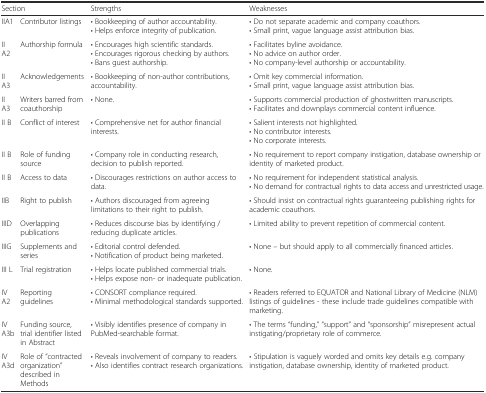
<table><thead><tr><td colspan="2"><b>Section</b></td><td><b>Strengths</b></td><td><b>Weaknesses</b></td></tr></thead><tbody><tr><td>IIA1</td><td>Contributor listings</td><td>• Bookkeeping of author accountability.• Helps enforce integrity of publication.</td><td>• Do not separate academic and company coauthors.• Small print, vague language assist attribution bias.</td></tr><tr><td>II A2</td><td>Authorship formula</td><td>• Encourages high scientific standards.• Encourages rigorous checking by authors.• Bans guest authorship.</td><td>• Facilitates byline avoidance.• No advice on author order.• No company-level authorship or accountability.</td></tr><tr><td>II A3</td><td>Acknowledgements</td><td>• Bookkeeping of non-author contributions, accountability.</td><td>• Omit key commercial information.• Small print, vague language assist attribution bias.</td></tr><tr><td>II A3</td><td>Writers barred from coauthorship</td><td>• None.</td><td>• Supports commercial production of ghostwritten manuscripts.• Facilitates and downplays commercial content influence.</td></tr><tr><td>II B</td><td>Conflict of interest</td><td>• Comprehensive net for author financial interests.</td><td>• Salient interests not highlighted.• No contributor interests.• No corporate interests.</td></tr><tr><td>II B</td><td>Role of funding source</td><td>• Company role in conducting research, decision to publish reported.</td><td>• No requirement to report company instigation, database ownership or identity of marketed product.</td></tr><tr><td>II B</td><td>Access to data</td><td>• Discourages restrictions on author access to data.</td><td>• No requirement for independent statistical analysis.• No demand for contractual rights to data access and unrestricted usage.</td></tr><tr><td>IIB</td><td>Right to publish</td><td>• Authors discouraged from agreeing limitations to their right to publish.</td><td>• Should insist on contractual rights guaranteeing publishing rights for academic coauthors.</td></tr><tr><td>IIID</td><td>Overlapping publications</td><td>• Reduces discourse bias by identifying / reducing duplicate articles.</td><td>• Limited ability to prevent repetition of commercial content.</td></tr><tr><td>IIIG</td><td>Supplements and series</td><td>• Editorial control defended.• Notification of product being marketed.</td><td>• None – but should apply to all commercially financed articles.</td></tr><tr><td>III L</td><td>Trial registration</td><td>• Helps locate published commercial trials.• Helps expose non- or inadequate publication.</td><td>• None.</td></tr><tr><td>IV A2</td><td>Reporting guidelines</td><td>• CONSORT compliance required.• Minimal methodological standards supported.</td><td>• Readers referred to EQUATOR and National Library of Medicine (NLM) listings of guidelines - these include trade guidelines compatible with marketing.</td></tr><tr><td>IV A3b</td><td>Funding source, trial identifier listed in Abstract</td><td>• Visibly identifies presence of company in PubMed-searchable format.</td><td>• The terms “funding,” “support” and “sponsorship” misrepresent actual instigating/proprietary role of commerce.</td></tr><tr><td>IV A3d</td><td>Role of “contracted organization” described in Methods</td><td>• Reveals involvement of company to readers.• Also identifies contract research organizations.</td><td>• Stipulation is vaguely worded and omits key details e.g. company instigation, database ownership, identity of marketed product.</td></tr></tbody></table>